Annual report of the Imperial Bacteriological Laboratory, Muktesar
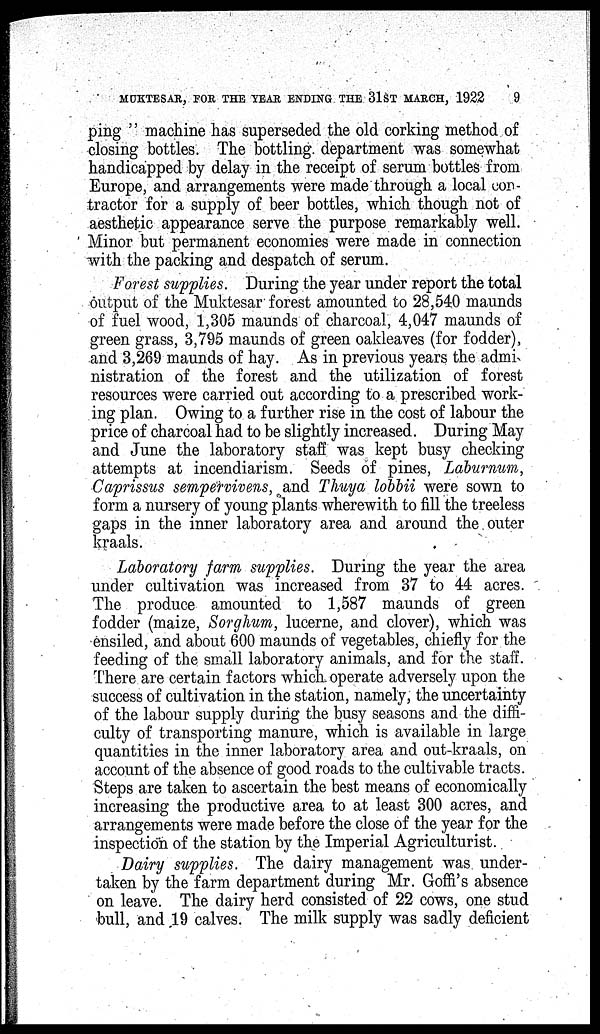
MUKTESAR, FOR THE YEAR ENDING THE 31ST MARCH, 1922
9
ping " machine has superseded the old corking method of
closing bottles. The bottling department was somewhat
handicapped by delay in the receipt of serum bottles from
Europe, and arrangements were made through a local con-
tractor for a supply of beer bottles, which though not of
aesthetic appearance serve the purpose remarkably well.
Minor but permanent economies were made in connection
with the packing and despatch of serum.
Forest supplies. During the year under report the total
output of the Muktesar forest amounted to 28,540 maunds
of fuel wood, 1,305 maunds of charcoal, 4,047 maunds of
green grass, 3,795 maunds of green oakleaves (for fodder),
and 3,269 maunds of hay. As in previous years the admi
nistration of the forest and the utilization of forest
resources were carried out according to a prescribed work-
ing plan. Owing to a further rise in the cost of labour the
price of charcoal had to be slightly increased. During May
and June the laboratory staff was kept busy checking
attempts at incendiarism. Seeds of pines, Laburnum,
Caprissus sempervivens, and Thuya lobbii were sown to
form a nursery of young plants wherewith to fill the treeless
gaps in the inner laboratory area and around the outer
kraals.
Laboratory farm supplies. During the year the area
under cultivation was increased from 37 to 44 acres.
The produce amounted to 1,587 maunds of green
fodder (maize, Sorghum, lucerne, and clover), which was
ensiled, and about 600 maunds of vegetables, chiefly for the
feeding of the small laboratory animals, and for the staff.
There are certain factors which operate adversely upon the
success of cultivation in the station, namely, the uncertainty
of the labour supply during the busy seasons and the diffi-
culty of transporting manure, which is available in large
quantities in the inner laboratory area and out-kraals, on
account of the absence of good roads to the cultivable tracts.
Steps are taken to ascertain the best means of economically
increasing the productive area to at least 300 acres, and
arrangements were made before the close of the year for the
inspection of the station by the Imperial Agriculturist.
Dairy supplies. The dairy management was under-
taken by the farm department during Mr. Goffi's absence
on leave. The dairy herd consisted of 22 cows, one stud
bull, and 19 calves. The milk supply was sadly deficient